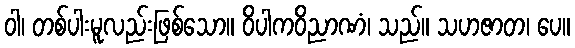
ဝါ၊ တစ်ပါးမူလည်းဖြစ်သော။ ဝိပါကဝိညာဏံ၊ သည်။ သဟဇာတ၊ ပေ။